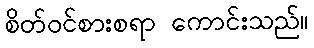
စိတ်ဝင်စားစရာ ကောင်းသည်။